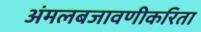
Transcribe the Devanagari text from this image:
अंमलबजावणीकरिता